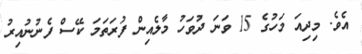
އެވެ. މިދިއަ މަހުގެ 15 ވަނަ ދުވަހު މާލެއިން ފުރަތަމަ ކޭސް ފެނުނުއިރު